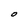
Character: O